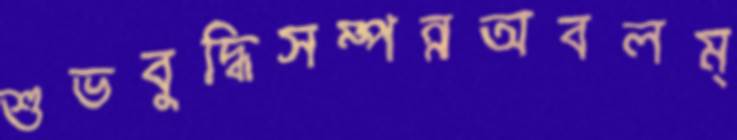
শুভবুদ্ধিসম্পন্নঅবলম্